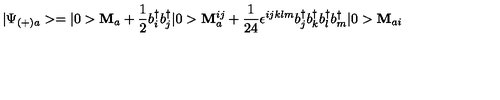
| \Psi _ { ( + ) a } > = | 0 > { \bf M } _ { a } + \frac { 1 } { 2 } b _ { i } ^ { \dagger } b _ { j } ^ { \dagger } | 0 > { \bf M } _ { a } ^ { i j } + \frac { 1 } { 2 4 } \epsilon ^ { i j k l m } b _ { j } ^ { \dagger } b _ { k } ^ { \dagger } b _ { l } ^ { \dagger } b _ { m } ^ { \dagger } | 0 > { \bf M } _ { a i }